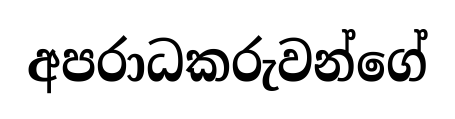
අපරාධකරුවන්ගේ